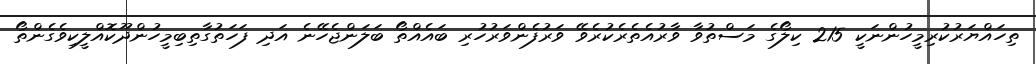
ތިހައްޔަރުކުރިމީހުންނަކީ 215 ކިލޯގެ މަސްތުވާ ވާރުއެތެރެކުރެވޭ ވަރުފެންވަރުހުރި ބައެއްތޯ ބަލަންޖެހޭނެ އަދި ފަހަތުގާތިބިމީހުންދޫކޮއްލީކިވެގެންތޯ